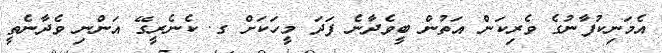
އެމަނިކުފާނުގެ ވެރިކަން އަތުން ބީވެދާނެ ފަދަ މީހަކަށް ގ. ކެނެރީގޭ އަންނި ވެދާނެތީ